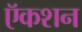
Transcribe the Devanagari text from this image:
ऍकशन